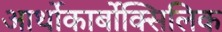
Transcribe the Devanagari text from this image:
आर्थोकार्बोक्सिलिक